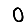
Digit: 0